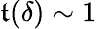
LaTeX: \mathfrak{t}(\delta)\sim1